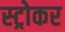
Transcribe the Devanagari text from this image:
स्ट्रोकर